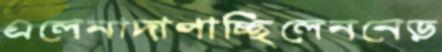
এলেনাদাপাচ্ছিলেননেড়